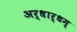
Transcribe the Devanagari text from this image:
अर्धार्धम्